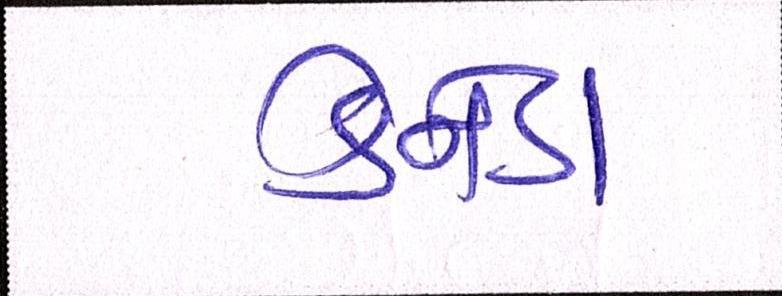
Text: કેનેડા